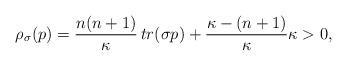
LaTeX: \begin{align*}\rho_\sigma(p)=\frac{n(n+1)}{\kappa} \,tr(\sigma p)+\frac{\kappa-(n+1)}{\kappa}\kappa>0,\end{align*}